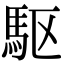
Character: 駆